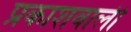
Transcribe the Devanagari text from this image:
प्रकाशवाली